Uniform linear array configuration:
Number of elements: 4
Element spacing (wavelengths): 1
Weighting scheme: blackman
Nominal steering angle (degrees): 60
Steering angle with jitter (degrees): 59.542
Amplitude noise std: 0.05
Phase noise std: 0.05

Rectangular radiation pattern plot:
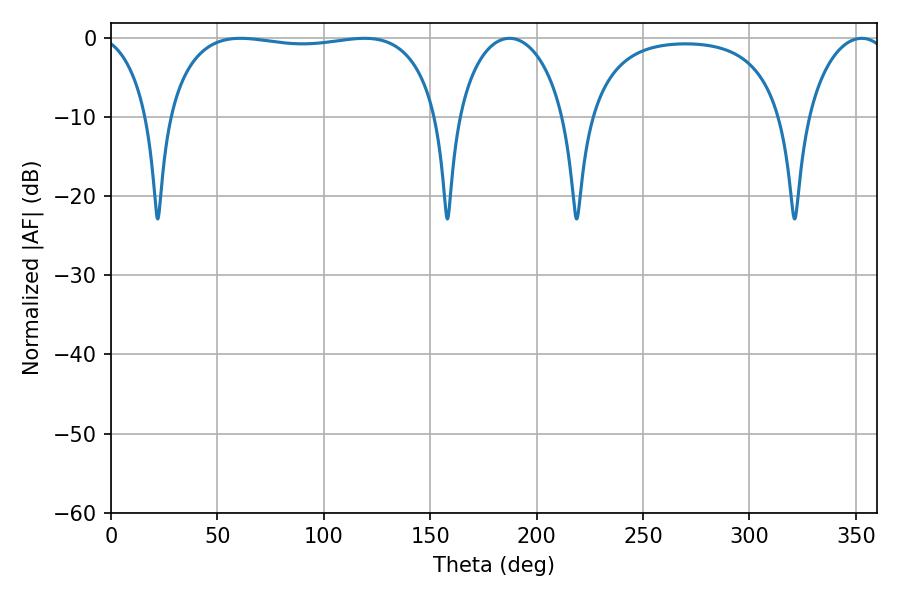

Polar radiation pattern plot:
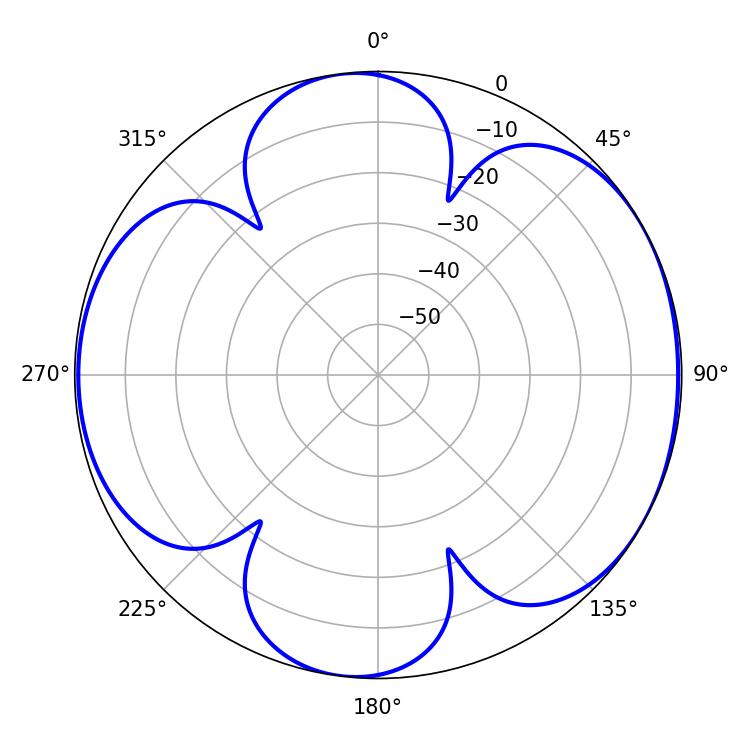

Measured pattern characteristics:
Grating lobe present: TRUE
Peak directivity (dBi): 6.256
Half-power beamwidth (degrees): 102.96
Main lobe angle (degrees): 119.16